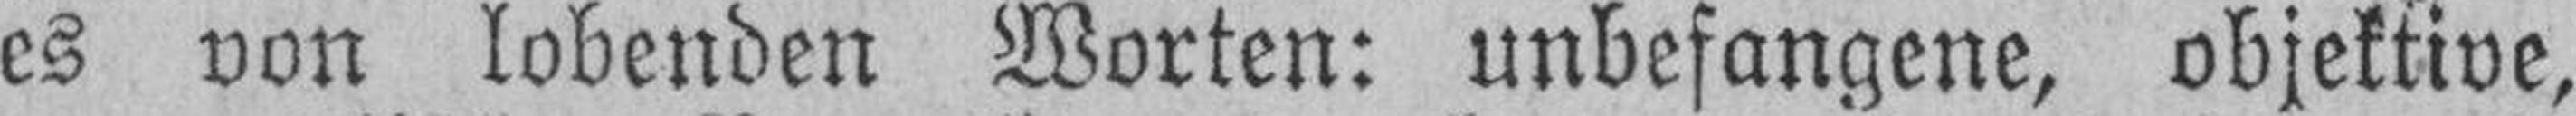
es von lobenden Worten: unbefangene, objektive,